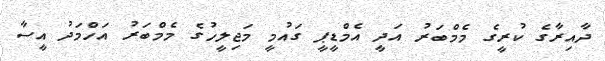
ދާއިރާގެ ކުރީގެ މެމްބަރު އަދީ އެމްޑީޕީ ގައުމީ މަޖިލީހުގެ މެމްބަރު އަހްމަދު އީސާ